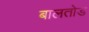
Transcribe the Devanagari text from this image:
बालतोड